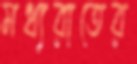
মধ্যরাতের